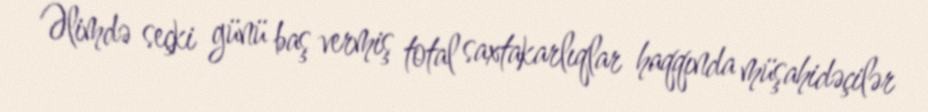
Əlimdə seçki günü baş vermiş total saxtakarlıqlar haqqında müşahidəçilər